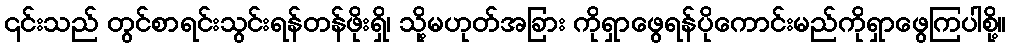
၎င်းသည် တွင်စာရင်းသွင်းရန်တန်ဖိုးရှိ၊ သို့မဟုတ်အခြား ကိုရှာဖွေရန်ပိုကောင်းမည်ကိုရှာဖွေကြပါစို့။